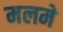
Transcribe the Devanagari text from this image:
मलमे